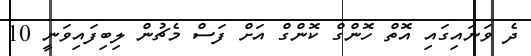
ދެ ވަނައިގައި އޮތް ހޮންގް ކޮންގް އަށް ފަސް މެޗުން ލިބިފައިވަނީ 10